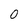
Character: 0